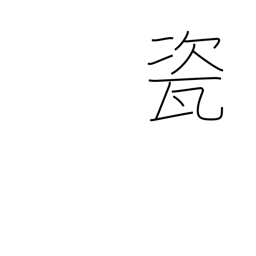
Meaning: high quality porcelain